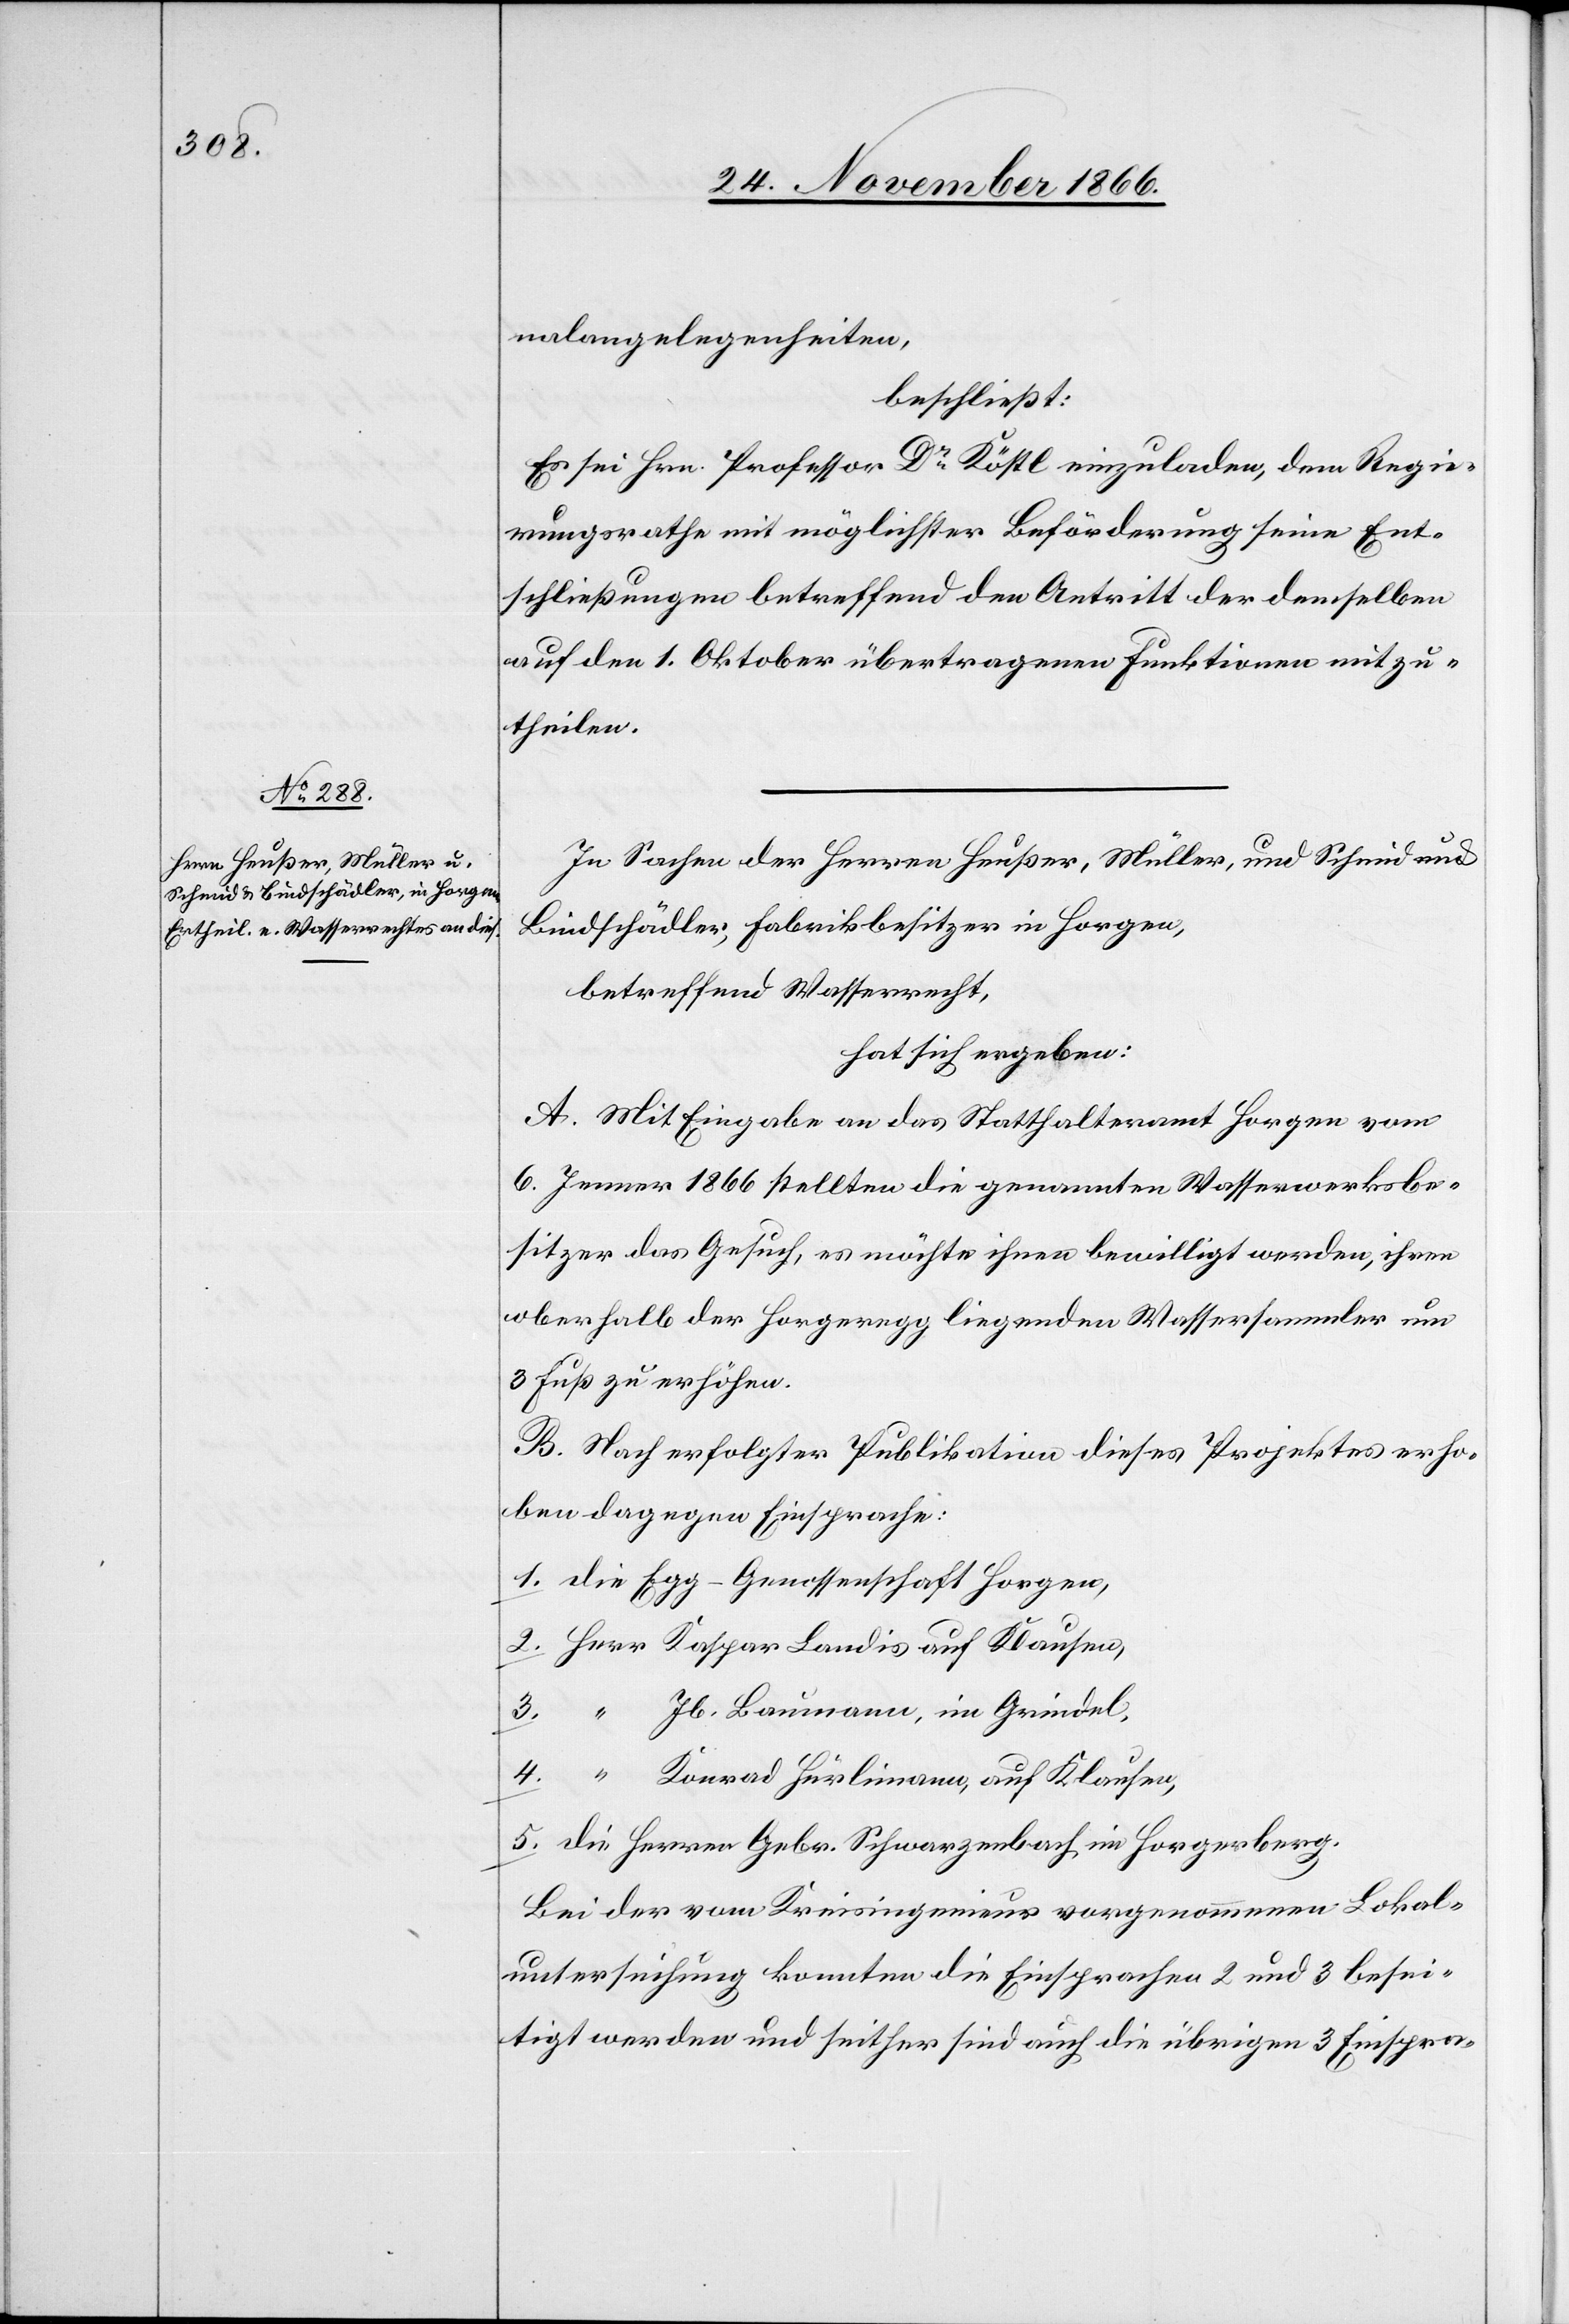
nalangelegenheiten,
beschließt:
Es sei Hrn. Professor Dr. Köstl. einzuladen, dem Regie¬
rungsrathe mit möglichster Beförderung seine Ent¬
schließungen betreffend den Antritt der demselben
auf den 1. Oktober übertragenen Funktionen mitzu¬
theilen.
In Sachen der Herren Heußer, Müller und Schmid und
Bindschädler; Fabrikbesitzer in Horgen,
betreffend Wasserrecht,
hat sich ergeben:
A. Mit Eingabe an das Statthalteramt Horgen vom
6. Jenner 1866 stellten die genannten Wasserwerksbe¬
sitzer das Gesuch, es möchte ihnen bewilligt werden, ihren
oberhalb der Horgeregg liegenden Wassersammler um
3 Fuß zu erhöhen.
B. Nach erfolgter Publikation dieses Projektes erho¬
ben dagegen Einsprache:
1. die Egg-Genossenschaft Horgen,
2. Herr Kaspar Landis auf Klausen,
3. “ Jb. Baumann, im Grindel,
4. “ Konrad Hürlimann, auf Klausen,
5. die Herren Gebr. Schwarzenbach im Horgerberg.
Bei der vom Kreisingenieur vorgenommenen Lokal¬
untersuchung konnten die Einsprachen 2 und 3 besei¬
tigt werden und seither sind auch die übrigen 3 Einspra-